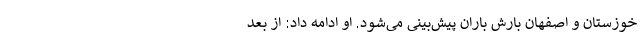
خوزستان و اصفهان بارش باران پیش‌بینی می‌شود. او ادامه داد: از بعد